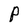
Character: P